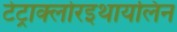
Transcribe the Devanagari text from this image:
टेट्राक्लोरइथायलिन